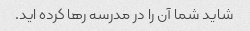
شاید شما آن را در مدرسه رها کرده اید.